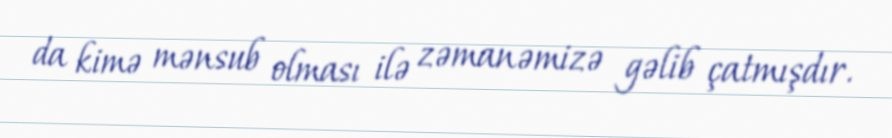
da kimə mənsub olması ilə zəmanəmizə gəlib çatmışdır.